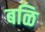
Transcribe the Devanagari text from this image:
बळि